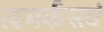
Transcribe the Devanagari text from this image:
त्वमर्कस्त्वं